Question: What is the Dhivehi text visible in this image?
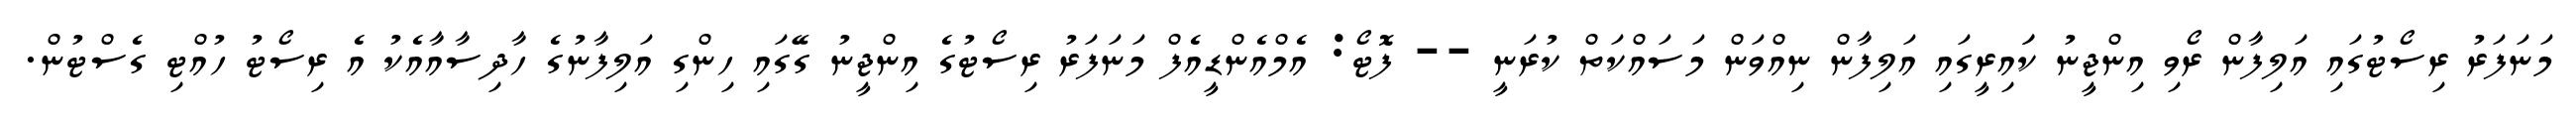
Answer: މަނަފަރު ރިސޯޓުގައި އަލިފާން ރޯވި އިންޖީނު ކަައިރީގައި އަލިފާން ނިއްވަން މަސައްކަތް ކުރަނީ -- ފޮޓޯ: އެމްއެންޑީއެފް މަނަފަރު ރިސޯޓުގެ އިންޖީނު ގޭގައި ހިންގި އަލިފާނުގެ ހާދިސާއާއެކު އެ ރިސޯޓު ހުއްޓި ގެސްޓުން.